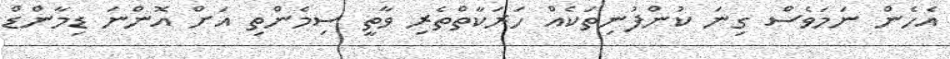
އެހެން ނަމަވެސް ގިނަ ކުންފުނިތަކެއް ހަރަކާތްތެރި ވާތީ ސިމެންތި އަށް އޮންނަ ޑިމާންޑް